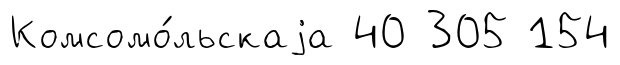
Комсомо́льскаjа 40 305 154